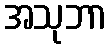
အသုဘာ